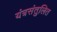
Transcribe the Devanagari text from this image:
यंत्रसंतुलित